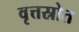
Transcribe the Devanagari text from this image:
वृत्तस्रोत